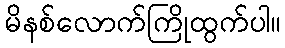
မိနစ်လောက်ကြိုထွက်ပါ။